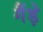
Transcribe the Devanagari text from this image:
गैंड़े